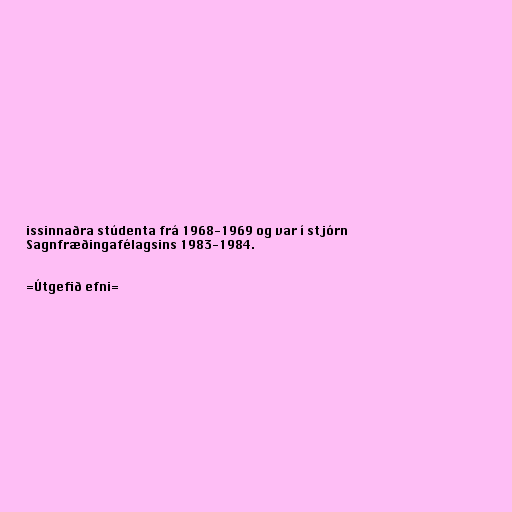
issinnaðra stúdenta frá 1968-1969 og var í stjórn
Sagnfræðingafélagsins 1983-1984.

=Útgefið efni=